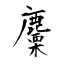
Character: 麜